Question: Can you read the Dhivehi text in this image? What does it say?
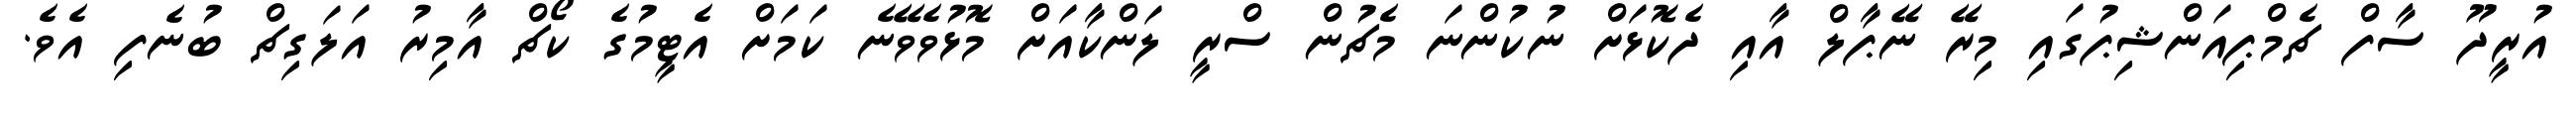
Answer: އުރީދޫ ސާފް ޗެމްޕިއަންޝިޕުގައި މިރޭ ނޭޕާލް އާއި ދެކޮޅަށް ނުކުންނަ މެޗުން ސްރީ ލަންކާއަށް މޮޅުވެވޭނެ ކަމަށް އެޓީމުގެ ކޯޗް އާމިރު އަލަގިޗް ބުނެފި އެވެ.